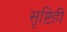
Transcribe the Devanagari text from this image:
सृष्टिही